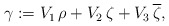
\begin{align*} \aligned\gamma:=V_1\,\rho+V_2\,\zeta+V_3\,\overline\zeta,\endaligned\end{align*}